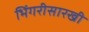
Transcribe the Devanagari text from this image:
भिंगरीसारखी